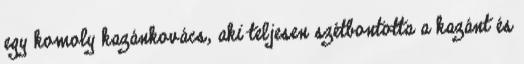
egy komoly kazánkovács, aki teljesen szétbontotta a kazánt és